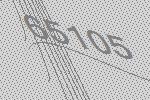
65105